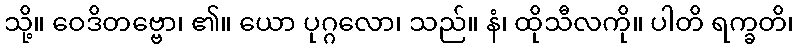
သို့။ ဝေဒိတဗ္ဗော၊ ၏။ ယော ပုဂ္ဂလော၊ သည်။ နံ၊ ထိုသီလကို။ ပါတိ ရက္ခတိ၊